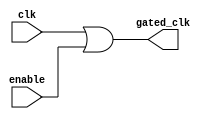
module clock_gating (
    input wire clk,          // Primary clock signal
    input wire enable,       // Enable signal to control clock gating
    output wire gated_clk    // Gated clock signal for memory blocks
);

// Generate the gated clock signal using an OR gate
assign gated_clk = clk | enable;

endmodule